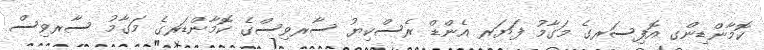
ކޮމާންޑިންގ އޮފިސަރގެ މަގާމު ފަޔަރ އެންޑް ރެސްކިޔު ސާރވިސްގެ ކޮމާންޑަރގެ މަގާމު ސާރވިސް